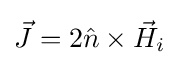
{\vec {J}}=2{\hat {n}}\times {\vec {H}}_{i}